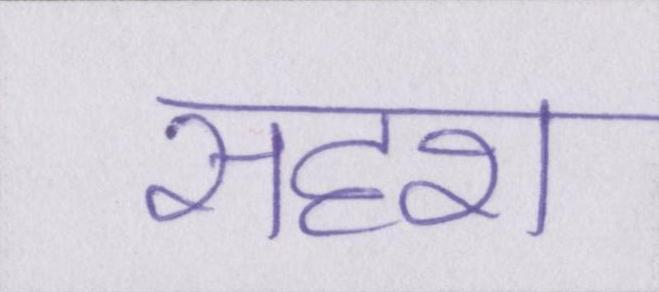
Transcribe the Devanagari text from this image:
सदृश